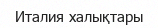
Италия халықтары